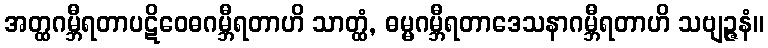
အတ္ထဂမ္ဘီရတာပဋိဝေဓဂမ္ဘီရတာဟိ သာတ္ထံ, ဓမ္မဂမ္ဘီရတာဒေသနာဂမ္ဘီရတာဟိ သဗျဉ္ဇနံ။